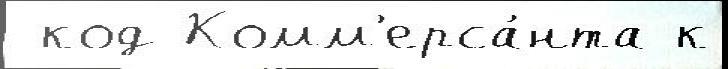
 код Комм'ерса́нта к